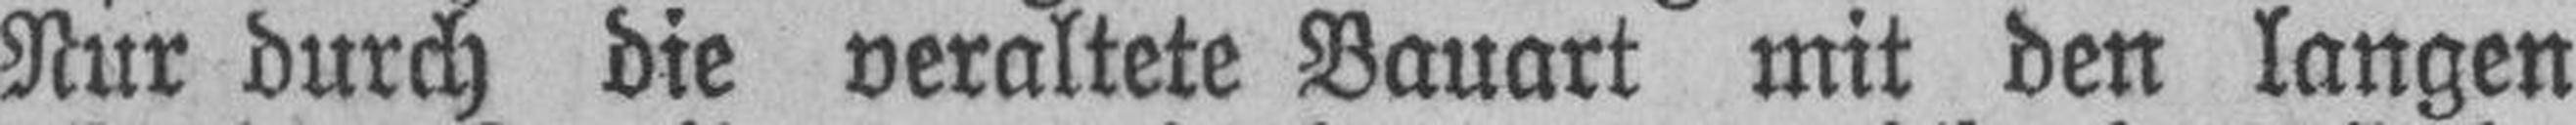
Nur durch die veraltete Bauart mit den langen